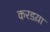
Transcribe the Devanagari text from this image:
करडय़ा